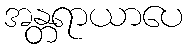
အန္တရာယာပေ